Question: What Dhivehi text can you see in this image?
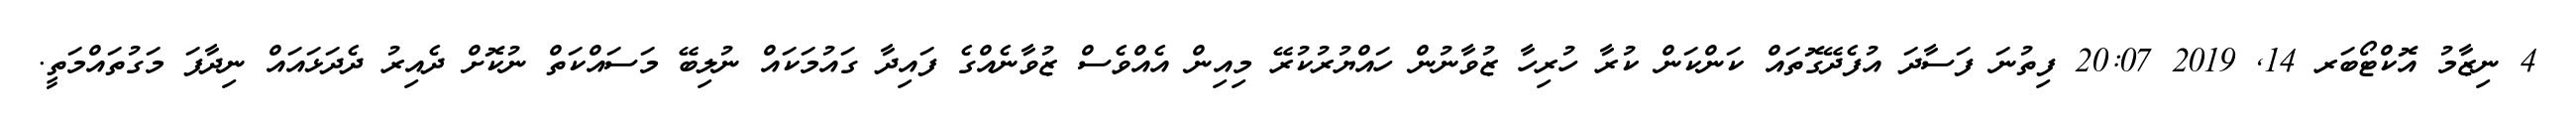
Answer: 4 ނިޒާމު އޮކްޓޯބަރ 14, 2019 20:07 ފިތުނަ ފަސާދަ އުފެދޭގޮތައް ކަންކަން ކުރާ ހުރިހާ ޒުވާނުން ހައްޔުރުކުރޭ މިއިން އެއްވެސް ޒުވާނެއްގެ ފައިދާ ގައުމަކައް ނުލިބޭ މަސައްކަތް ނުކޮށް ދެއިރު ދެދަޅައައް ނިދާފަ މަގުތައްމަތީ.